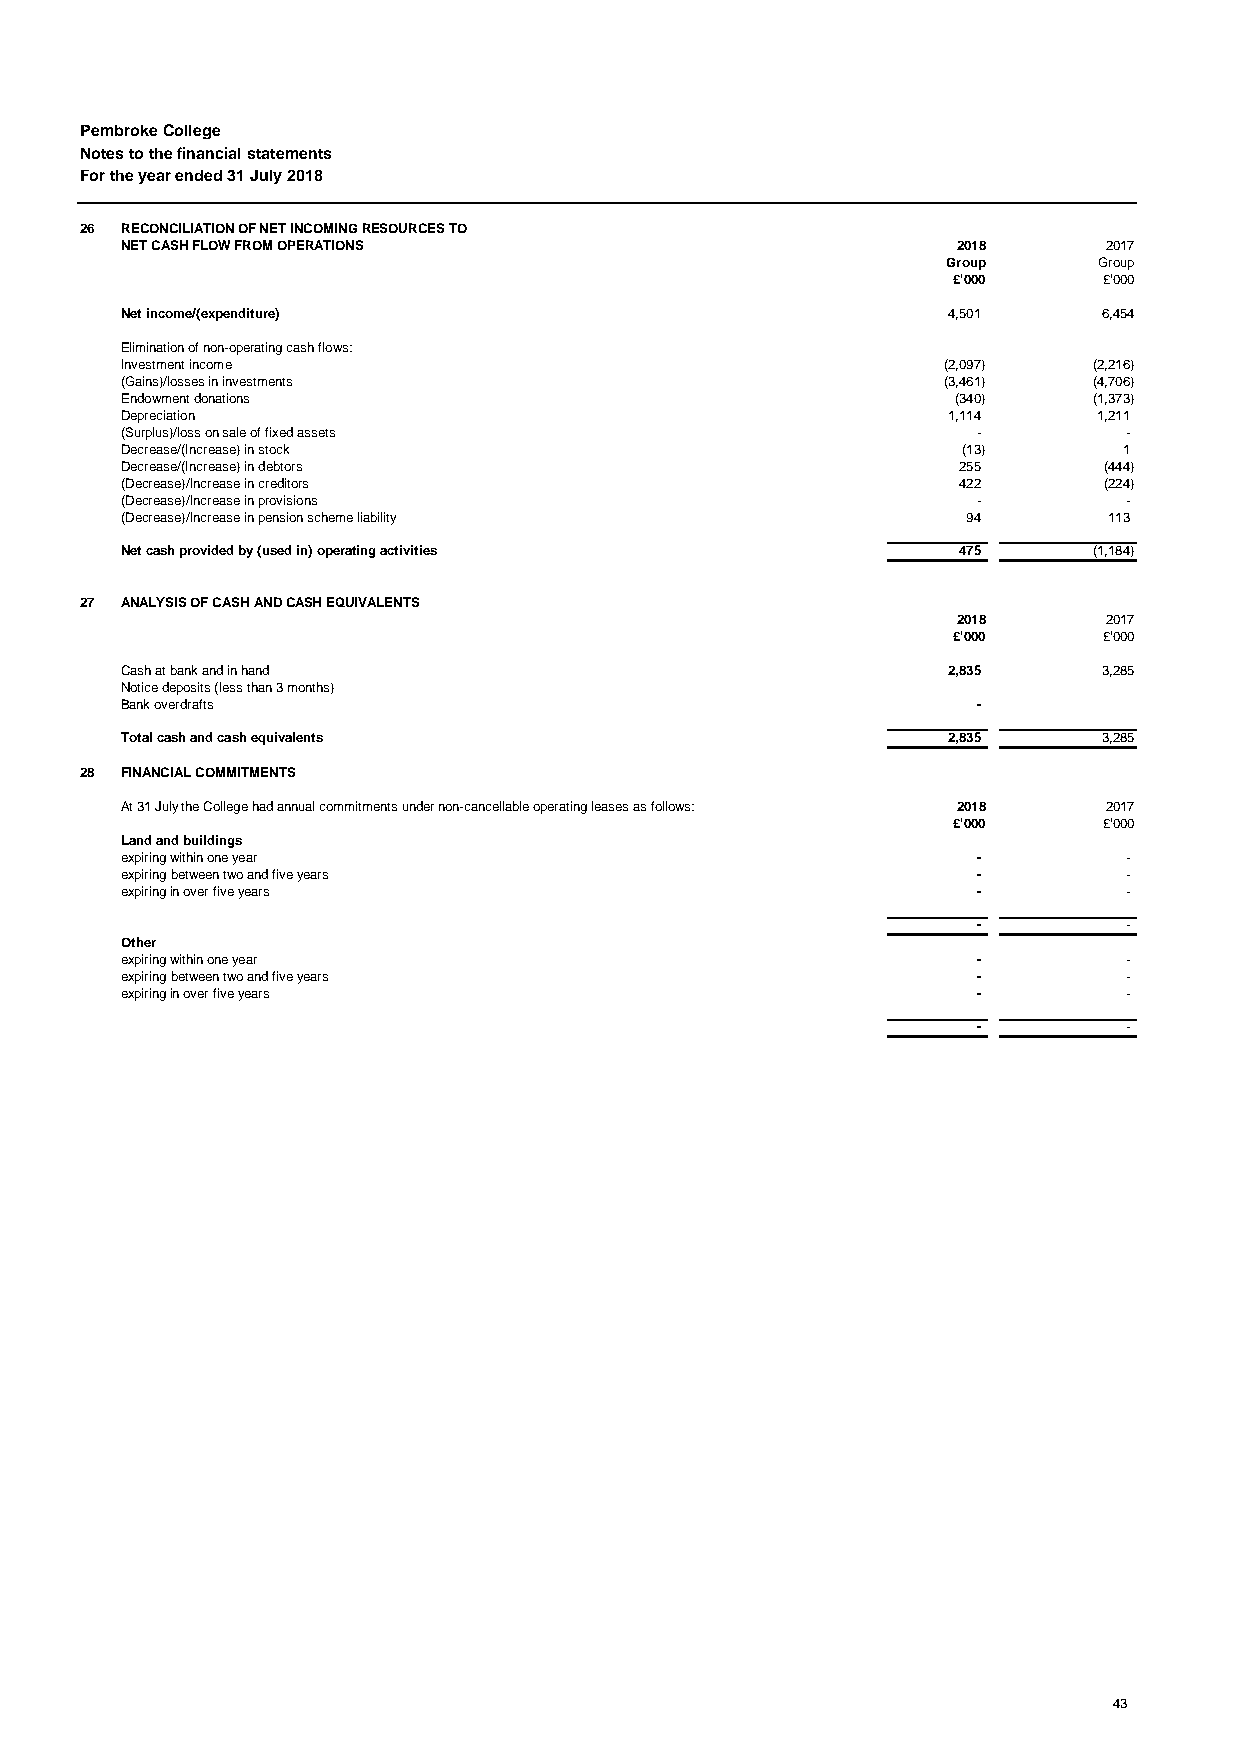
Pembroke College
 Notes to the financial statements
 For the year ended 31 July 2018
 26 RECONCILIATION OF NET INCOMING RESOURCES TO
 NET CASH FLOW FROM OPERATIONS                          2018      2017
 Group     Group
 £'000     £'000
 Net income/(expenditure)                               4,501     6,454
 Elimination of non-operating cash flows:
 Investment income                                     (2,097)   (2,216)
 (Gains)/losses in investments                         (3,461)   (4,706)
 Endowment donations                                    (340)    (1,373)
 Depreciation                                           1,114     1,211
 (Surplus)/loss on sale of fixed assets                   -        -
 Decrease/(Increase) in stock                            (13)      1
 Decrease/(Increase) in debtors                         255       (444)
 (Decrease)/Increase in creditors                       422       (224)
 (Decrease)/Increase in provisions                        -        -
 (Decrease)/Increase in pension scheme liability         94       113
 Net cash provided by (used in) operating activities    475      (1,184)
 27 ANALYSIS OF CASH AND CASH EQUIVALENTS
 2018      2017
 £'000     £'000
 Cash at bank and in hand                               2,835     3,285
 Notice deposits (less than 3 months)
 Bank overdrafts                                          -
 Total cash and cash equivalents                        2,835     3,285
 28 FINANCIAL COMMITMENTS
 At 31 July the College had annual commitments under non-cancellable operating leases as follows: 2018 2017
 £'000     £'000
 Land and buildings
 expiring within one year                                 -        -
 expiring between two and five years                      -        -
 expiring in over five years                              -        -
 -        -
 Other
 expiring within one year                                 -        -
 expiring between two and five years                      -        -
 expiring in over five years                              -        -
 -        -
 43